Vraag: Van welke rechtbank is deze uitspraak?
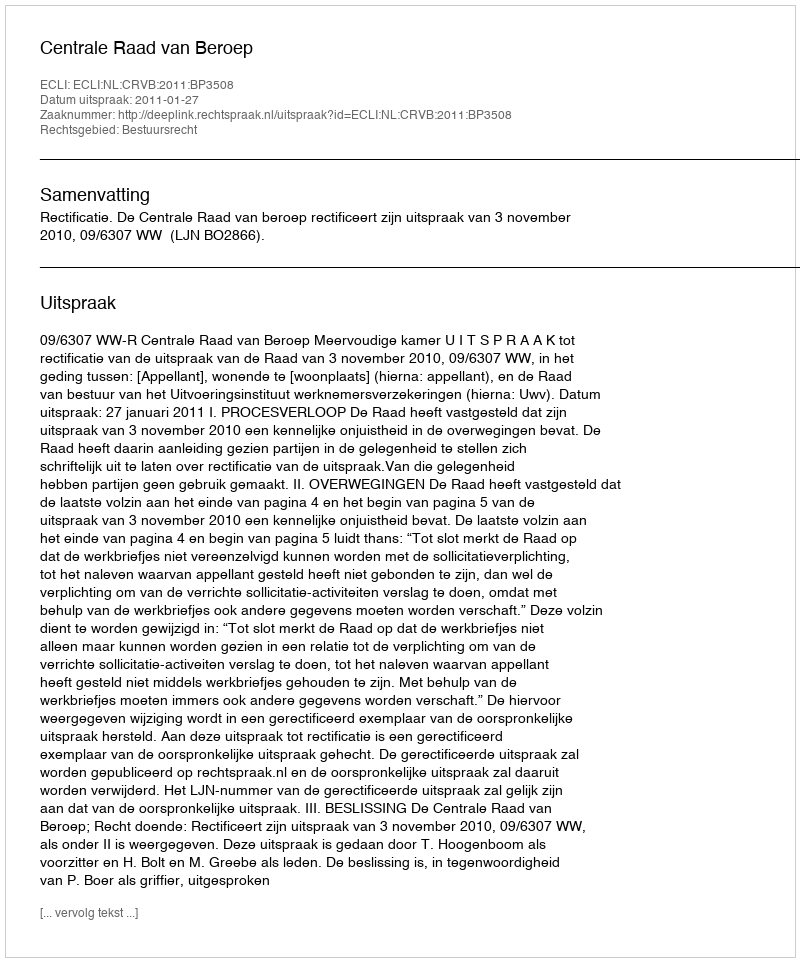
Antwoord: Centrale Raad van Beroep